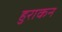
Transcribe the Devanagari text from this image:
हुराकन